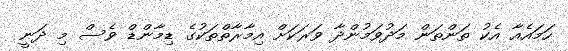
ހަމައެއާ އެކު ތަންތަން މަދުވަމުންދާ ވަރަކަށް އިމާރާތްތަކުގެ ޑިމާންޑް ވެސް މި ދަނީ